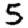
Digit: 5